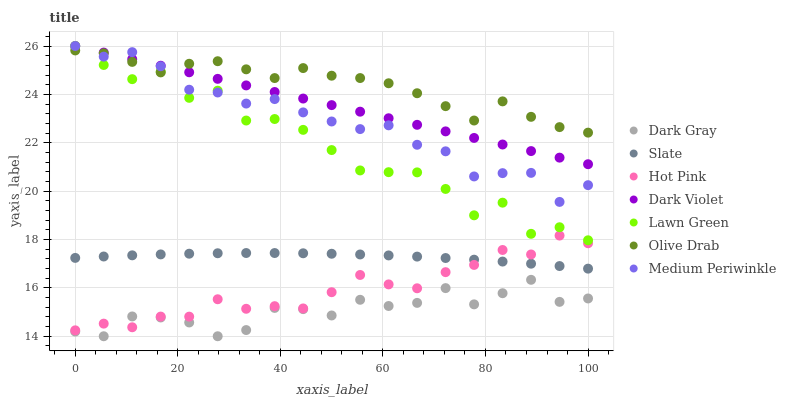
| xaxis_label | Dark Gray | Slate | Hot Pink | Dark Violet | Lawn Green | Olive Drab | Medium Periwinkle |
 | --- | --- | --- | --- | --- | --- | --- | --- |
 | 0 | 14.2 | 17.2 | 14.2 | 26 | 26 | 25.8 | 26 |
 | 5.56 | 14 | 17.3 | 14.5 | 25.7 | 25.2 | 25.7 | 25.6 |
 | 11.1 | 14.8 | 17.3 | 14.4 | 25.5 | 24.6 | 25.3 | 25.7 |
 | 16.7 | 14.8 | 17.4 | 14.8 | 25.2 | 24.9 | 24.9 | 25.2 |
 | 22.2 | 14.6 | 17.4 | 14.8 | 24.9 | 23.9 | 25.3 | 24.2 |
 | 27.8 | 14 | 17.4 | 15.5 | 24.6 | 24.2 | 25.4 | 24.1 |
 | 33.3 | 14.3 | 17.4 | 15.1 | 24.4 | 22.9 | 25 | 23.6 |
 | 38.9 | 15.2 | 17.4 | 15.2 | 24.1 | 23 | 24.7 | 23.8 |
 | 44.4 | 15.1 | 17.4 | 15.1 | 23.8 | 22.5 | 25.1 | 23.3 |
 | 50 | 14.9 | 17.4 | 15.8 | 23.6 | 21.7 | 24.8 | 22.9 |
 | 55.6 | 15.5 | 17.4 | 16.5 | 23.3 | 20.9 | 24.7 | 22.6 |
 | 61.1 | 15.3 | 17.3 | 16.1 | 23 | 20.8 | 24.5 | 22.7 |
 | 66.7 | 15.4 | 17.3 | 16 | 22.7 | 20.8 | 24 | 21.9 |
 | 72.2 | 16 | 17.2 | 16.7 | 22.5 | 20.1 | 23.5 | 21.6 |
 | 77.8 | 15.3 | 17.2 | 16.9 | 22.2 | 19 | 22.9 | 20.6 |
 | 83.3 | 15.8 | 17.1 | 17.6 | 21.9 | 19.5 | 23.7 | 20.7 |
 | 88.9 | 16.3 | 17 | 17.4 | 21.7 | 18.2 | 23.1 | 20.8 |
 | 94.4 | 15.4 | 16.9 | 18.2 | 21.4 | 18.5 | 22.6 | 19.6 |
 | 100 | 15.6 | 16.8 | 17.8 | 21.1 | 18 | 22.4 | 20.2 |